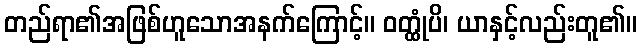
တည်ရာ၏အဖြစ်ဟူသောအနက်ကြောင့်။ ဝတ္ထုံပိ၊ ယာနှင့်လည်းတူ၏။